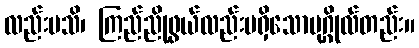
လည်းမသိ၊ ကြည်ညိုဖွယ်လည်းမရှိသောပုဂ္ဂိုလ်တည်း။